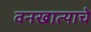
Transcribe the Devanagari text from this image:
वनखात्याचे